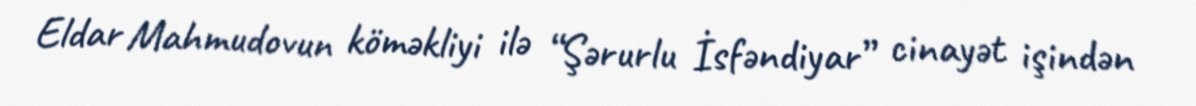
Eldar Mahmudovun köməkliyi ilə “Şərurlu İsfəndiyar” cinayət işindən